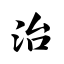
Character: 治